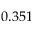
0 . 3 5 1